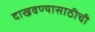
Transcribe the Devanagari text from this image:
दाखवण्यासाठीची